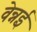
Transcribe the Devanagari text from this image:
वेन्नई